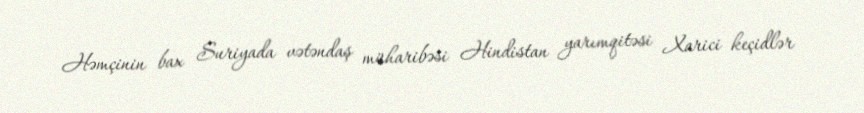
Həmçinin bax Suriyada vətəndaş müharibəsi Hindistan yarımqitəsi Xarici keçidlər